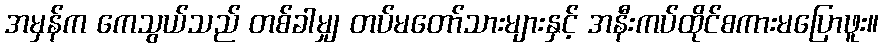
အမှန်က ကေသွယ်သည် တစ်ခါမျှ တပ်မတော်သားများနှင့် အနီးကပ်ထိုင်စကားမပြောဖူး။